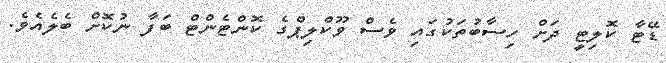
ޑޭޓާ ކޮލިޓީ ދަށް ހިސާބުތަކުގައި ވެސް ވޫކްލިޕްގެ ކޮންޓެންޓް ބަފާ ނުކޮށް ބެލެއެވެ.